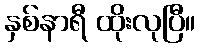
နှစ်နာရီ ထိုးလုပြီ။